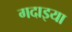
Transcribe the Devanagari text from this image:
गदाइया